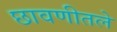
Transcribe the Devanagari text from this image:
छावणीतले